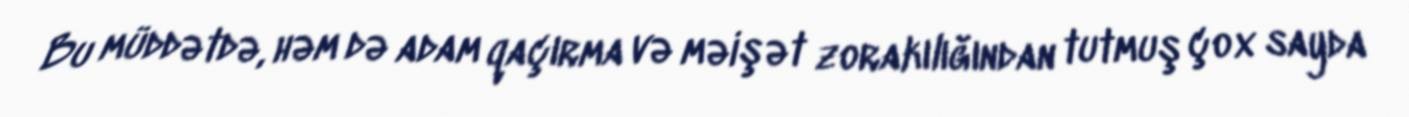
Bu müddətdə, həm də adam qaçırma və məişət zorakılığından tutmuş çox sayda